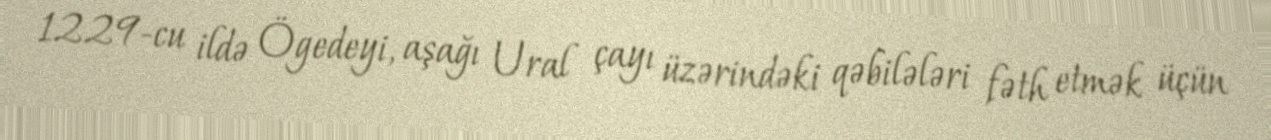
1229-cu ildə Ögedeyi, aşağı Ural çayı üzərindəki qəbilələri fəth etmək üçün